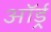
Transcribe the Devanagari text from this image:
ऑर्ड्र